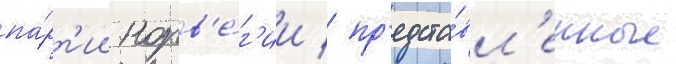
па́рт'ии норв'е́г'ии / пр'едста́вл'енные